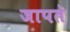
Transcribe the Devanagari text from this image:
जापते